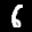
Label: 6